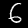
Digit: 6